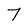
Character: 7